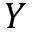
Y